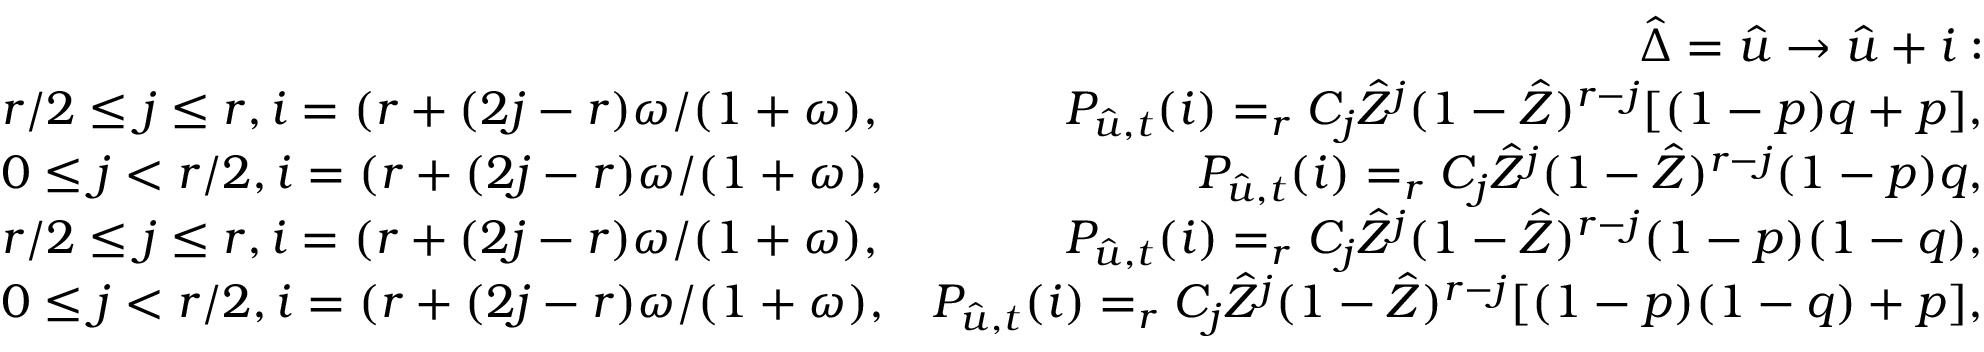
\begin{array} { r l r } & { } & { \hat { \Delta } = \hat { u } \rightarrow \hat { u } + i : } \\ & { r / 2 \leq j \leq r , i = ( r + ( 2 j - r ) \omega / ( 1 + \omega ) , } & { P _ { \hat { u } , t } ( i ) = _ { r } C _ { j } \hat { Z } ^ { j } ( 1 - \hat { Z } ) ^ { r - j } [ ( 1 - p ) q + p ] , } \\ & { 0 \leq j < r / 2 , i = ( r + ( 2 j - r ) \omega / ( 1 + \omega ) , } & { P _ { \hat { u } , t } ( i ) = _ { r } C _ { j } \hat { Z } ^ { j } ( 1 - \hat { Z } ) ^ { r - j } ( 1 - p ) q , } \\ & { r / 2 \leq j \leq r , i = ( r + ( 2 j - r ) \omega / ( 1 + \omega ) , } & { P _ { \hat { u } , t } ( i ) = _ { r } C _ { j } \hat { Z } ^ { j } ( 1 - \hat { Z } ) ^ { r - j } ( 1 - p ) ( 1 - q ) , } \\ & { 0 \leq j < r / 2 , i = ( r + ( 2 j - r ) \omega / ( 1 + \omega ) , } & { P _ { \hat { u } , t } ( i ) = _ { r } C _ { j } \hat { Z } ^ { j } ( 1 - \hat { Z } ) ^ { r - j } [ ( 1 - p ) ( 1 - q ) + p ] , } \end{array}